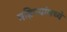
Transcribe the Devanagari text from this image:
महिण्यांमध्ये